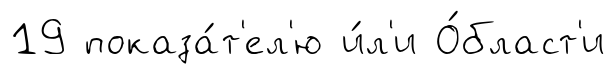
19 показа́т'ел'ю и́л'и О́бласт'и